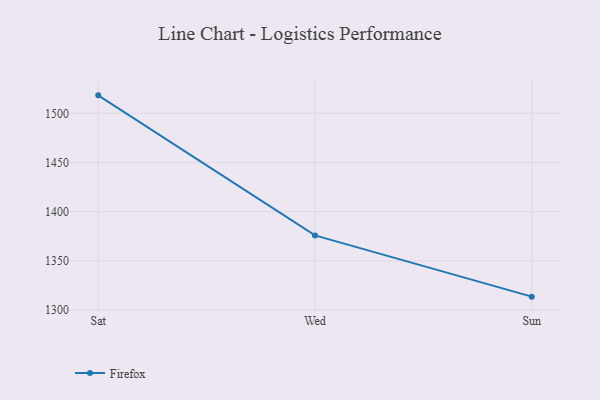
{"axis": {"x": "Day", "y": "Bounce Rate (%)"}, "legend": ["Firefox"], "data": [{"x": "Sat", "y": 1518.3, "type": "Firefox"}, {"x": "Wed", "y": 1375.9, "type": "Firefox"}, {"x": "Sun", "y": 1313.6, "type": "Firefox"}]}